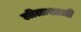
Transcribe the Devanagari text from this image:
लीलाशाली